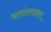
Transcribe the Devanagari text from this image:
भाषांतराकार